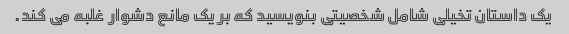
یک داستان تخیلی شامل شخصیتی بنویسید که بر یک مانع دشوار غلبه می کند.